Scottish Leaving Certificate Examination, 1957
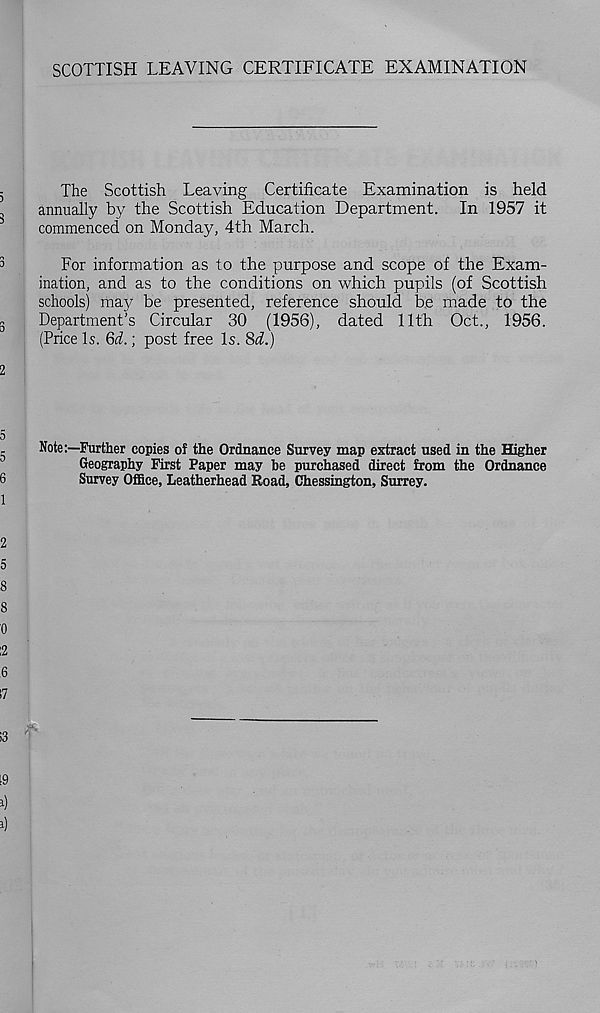
SCOTTISH LEAVING CERTIFICATE EXAMINATION
The Scottish Leaving Certificate Examination is held
annually by the Scottish Education Department. In 1957 it
commenced on Monday, 4th March.
For information as to the purpose and scope of the Exam-
ination, and as to the conditions on which pupils (of Scottish
schools) may be presented, reference should be made to the
Department’s Circular 30 (1956), dated 11th Oct., 1956.
(Price Is. 6(L ; post free Is. 8<L)
Note:—Further copies of the Ordnance Survey map extract used in the Higher
Geography First Paper may be purchased direct from the Ordnance
Survey Office, Leatherhead Road, Chessington, Surrey.